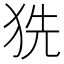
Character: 𤞓